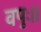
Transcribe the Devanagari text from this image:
वपुः।।